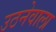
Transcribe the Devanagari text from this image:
उठनेवाला